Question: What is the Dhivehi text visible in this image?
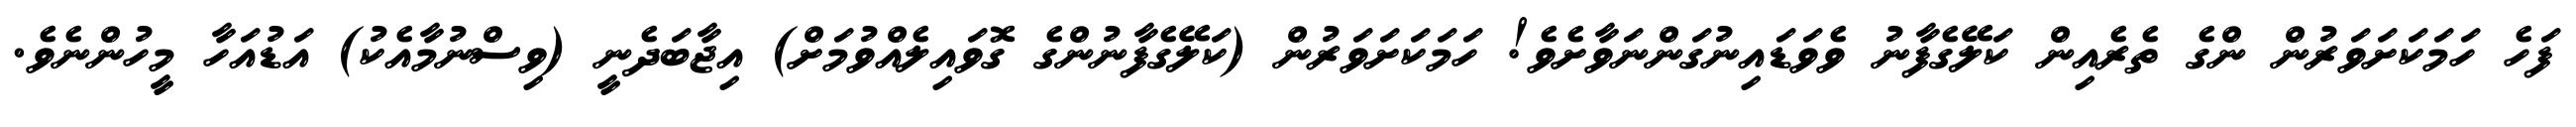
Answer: ފަހެ ހަމަކަށަވަރުން ންގެ ތެރެއިން ކަލޭގެފާނު ވެވަޑައިނުގަންނަވާށެވެ! ހަމަކަށަވަރުން (ކަލޭގެފާނުންގެ ގޮވައިލެއްވުމަށް) އިޖާބަދެނީ (ވިސްނުމާއެކު) އަޑުއަހާ މީހުންނެވެ.